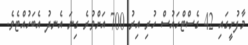
މާފުށީގައި 42 ގެސްޓްހައުސް ހުރި އިރު 700 އަށްވުރެ ގިނަ އެނދު އެބަހުއްޓެވެ.